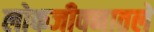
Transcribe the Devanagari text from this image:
लोकजीवनातले